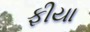
ફીયા